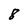
Character: 8